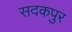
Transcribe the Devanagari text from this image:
सदकपुर